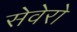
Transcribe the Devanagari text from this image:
सेवेरो